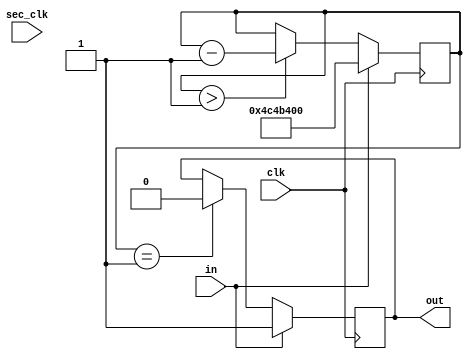
`timescale 1ns / 1ps
//////////////////////////////////////////////////////////////////////////////////
// Company: 
// Engineer: 
// 
// Design Name: 
// Module Name: deb2
// Project Name: 
// Target Devices: 
// Tool Versions: 
// Description: 
// 
// Dependencies: 
// 
// Revision:
// Revision 0.01 - File Created
// Additional Comments:
// 
//////////////////////////////////////////////////////////////////////////////////


module deb2(
    input in,
    input clk,
    input sec_clk,
    output out
    );
    reg [30:0] COUNT;
    
    reg hold;
    
    assign out = hold;
    
    initial begin
    hold <= 0;
    COUNT <= 0;
    end
    
    always @(posedge clk) begin
    if(COUNT == 1) hold <= 0;
    if(COUNT > 1) COUNT <= COUNT - 1;
    if(in) begin
        hold <= 1;
        COUNT <= 80000000;
        end
    end
endmodule